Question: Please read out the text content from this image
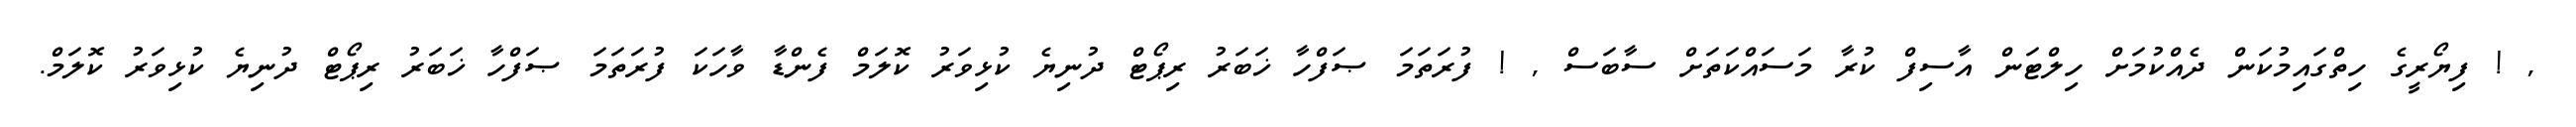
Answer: , ! ފިޔޯރީގެ ހިތްގައިމުކަން ދެއްކުމަށް ހިލްޓަން އާސިފް ކުރާ މަސައްކަތަށް ސާބަސް , ! ފުރަތަމަ ޞަފްހާ ޚަބަރު ރިޕޯޓް ދުނިޔެ ކުޅިވަރު ކޮލަމް ފެންޑާ ވާހަކަ ފުރަތަމަ ޞަފްހާ ޚަބަރު ރިޕޯޓް ދުނިޔެ ކުޅިވަރު ކޮލަމް.